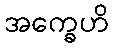
အက္ခေဟိ